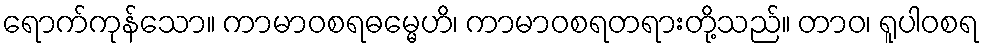
ရောက်ကုန်သော။ ကာမာဝစရဓမ္မေဟိ၊ ကာမာဝစရတရားတို့သည်။ တာဝ၊ ရူပါဝစရ